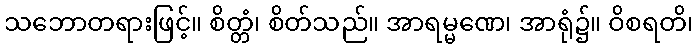
သဘောတရားဖြင့်။ စိတ္တံ၊ စိတ်သည်။ အာရမ္မဏေ၊ အာရုံ၌။ ဝိစရတိ၊